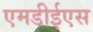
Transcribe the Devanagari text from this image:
एमडीईएस